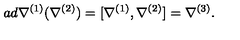
a d \nabla ^ { ( 1 ) } ( \nabla ^ { ( 2 ) } ) = [ \nabla ^ { ( 1 ) } , \nabla ^ { ( 2 ) } ] = \nabla ^ { ( 3 ) } .